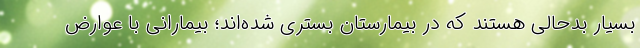
بسیار بدحالی هستند که در بیمارستان بستری شده‌اند؛ بیمارانی با عوارض